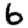
Digit: 6